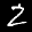
Label: 2